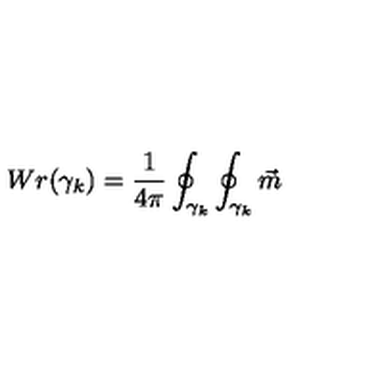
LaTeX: W r ( \gamma _ { k } ) = \frac 1 { 4 \pi } \oint _ { \gamma _ { k } } \oint _ { \gamma _ { k } } \vec { m }